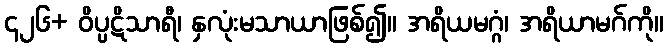
၄၂၆+ ဝိပ္ပဋိသာရီ၊ နှလုံးမသာယာဖြစ်၍။ အရိယမဂ္ဂံ၊ အရိယာမဂ်ကို။